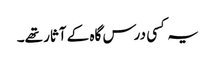
یہ کسی درس گاہ کے آثار تھے۔